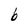
Character: b